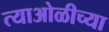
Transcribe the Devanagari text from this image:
त्याओळीच्या